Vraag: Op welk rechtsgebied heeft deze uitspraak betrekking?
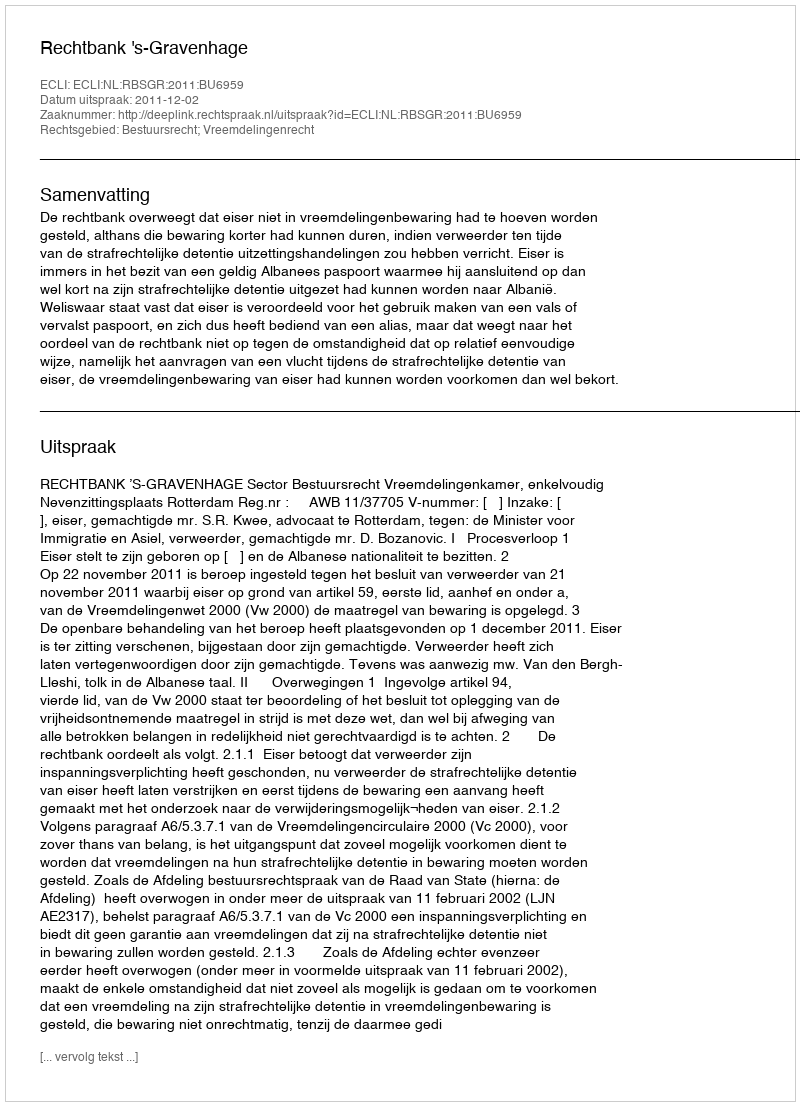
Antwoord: Bestuursrecht; Vreemdelingenrecht